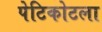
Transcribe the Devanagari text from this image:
पेटिकोटला